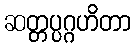
ဆတ္တပ္ပဂ္ဂဟိတာ